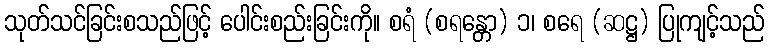
သုတ်သင်ခြင်းစသည်ဖြင့် ပေါင်းစည်းခြင်းကို။ စရံ (စရန္တော) ၁၊ စရေ (ဆဋ္ဌ) ပြုကျင့်သည်